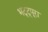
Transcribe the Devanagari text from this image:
भट्ट्पूरा